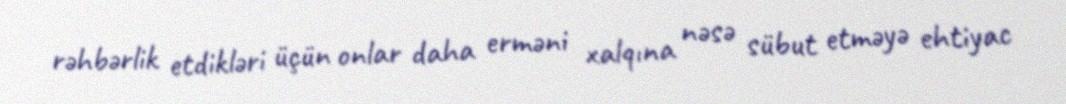
rəhbərlik etdikləri üçün onlar daha erməni xalqına nəsə sübut etməyə ehtiyac